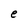
Character: e